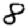
Digit: 8